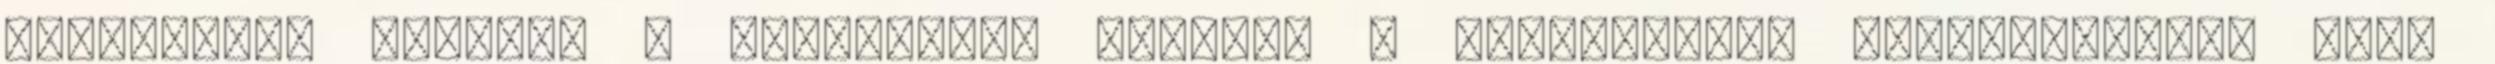
képtelenek fizetni a törlesztés ezeknek a tolvajoknak köszönhetően. Mert